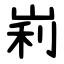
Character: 峲